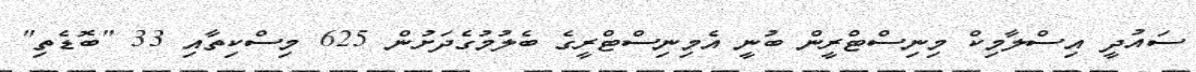
ސައުދީ އިސްލާމިކް މިނިސްޓްރީން ބުނީ އެމިނިސްޓްރީގެ ބެލުމުގެދަށުން 625 މިސްކިތާއި 33 "ބޮޑެތި"